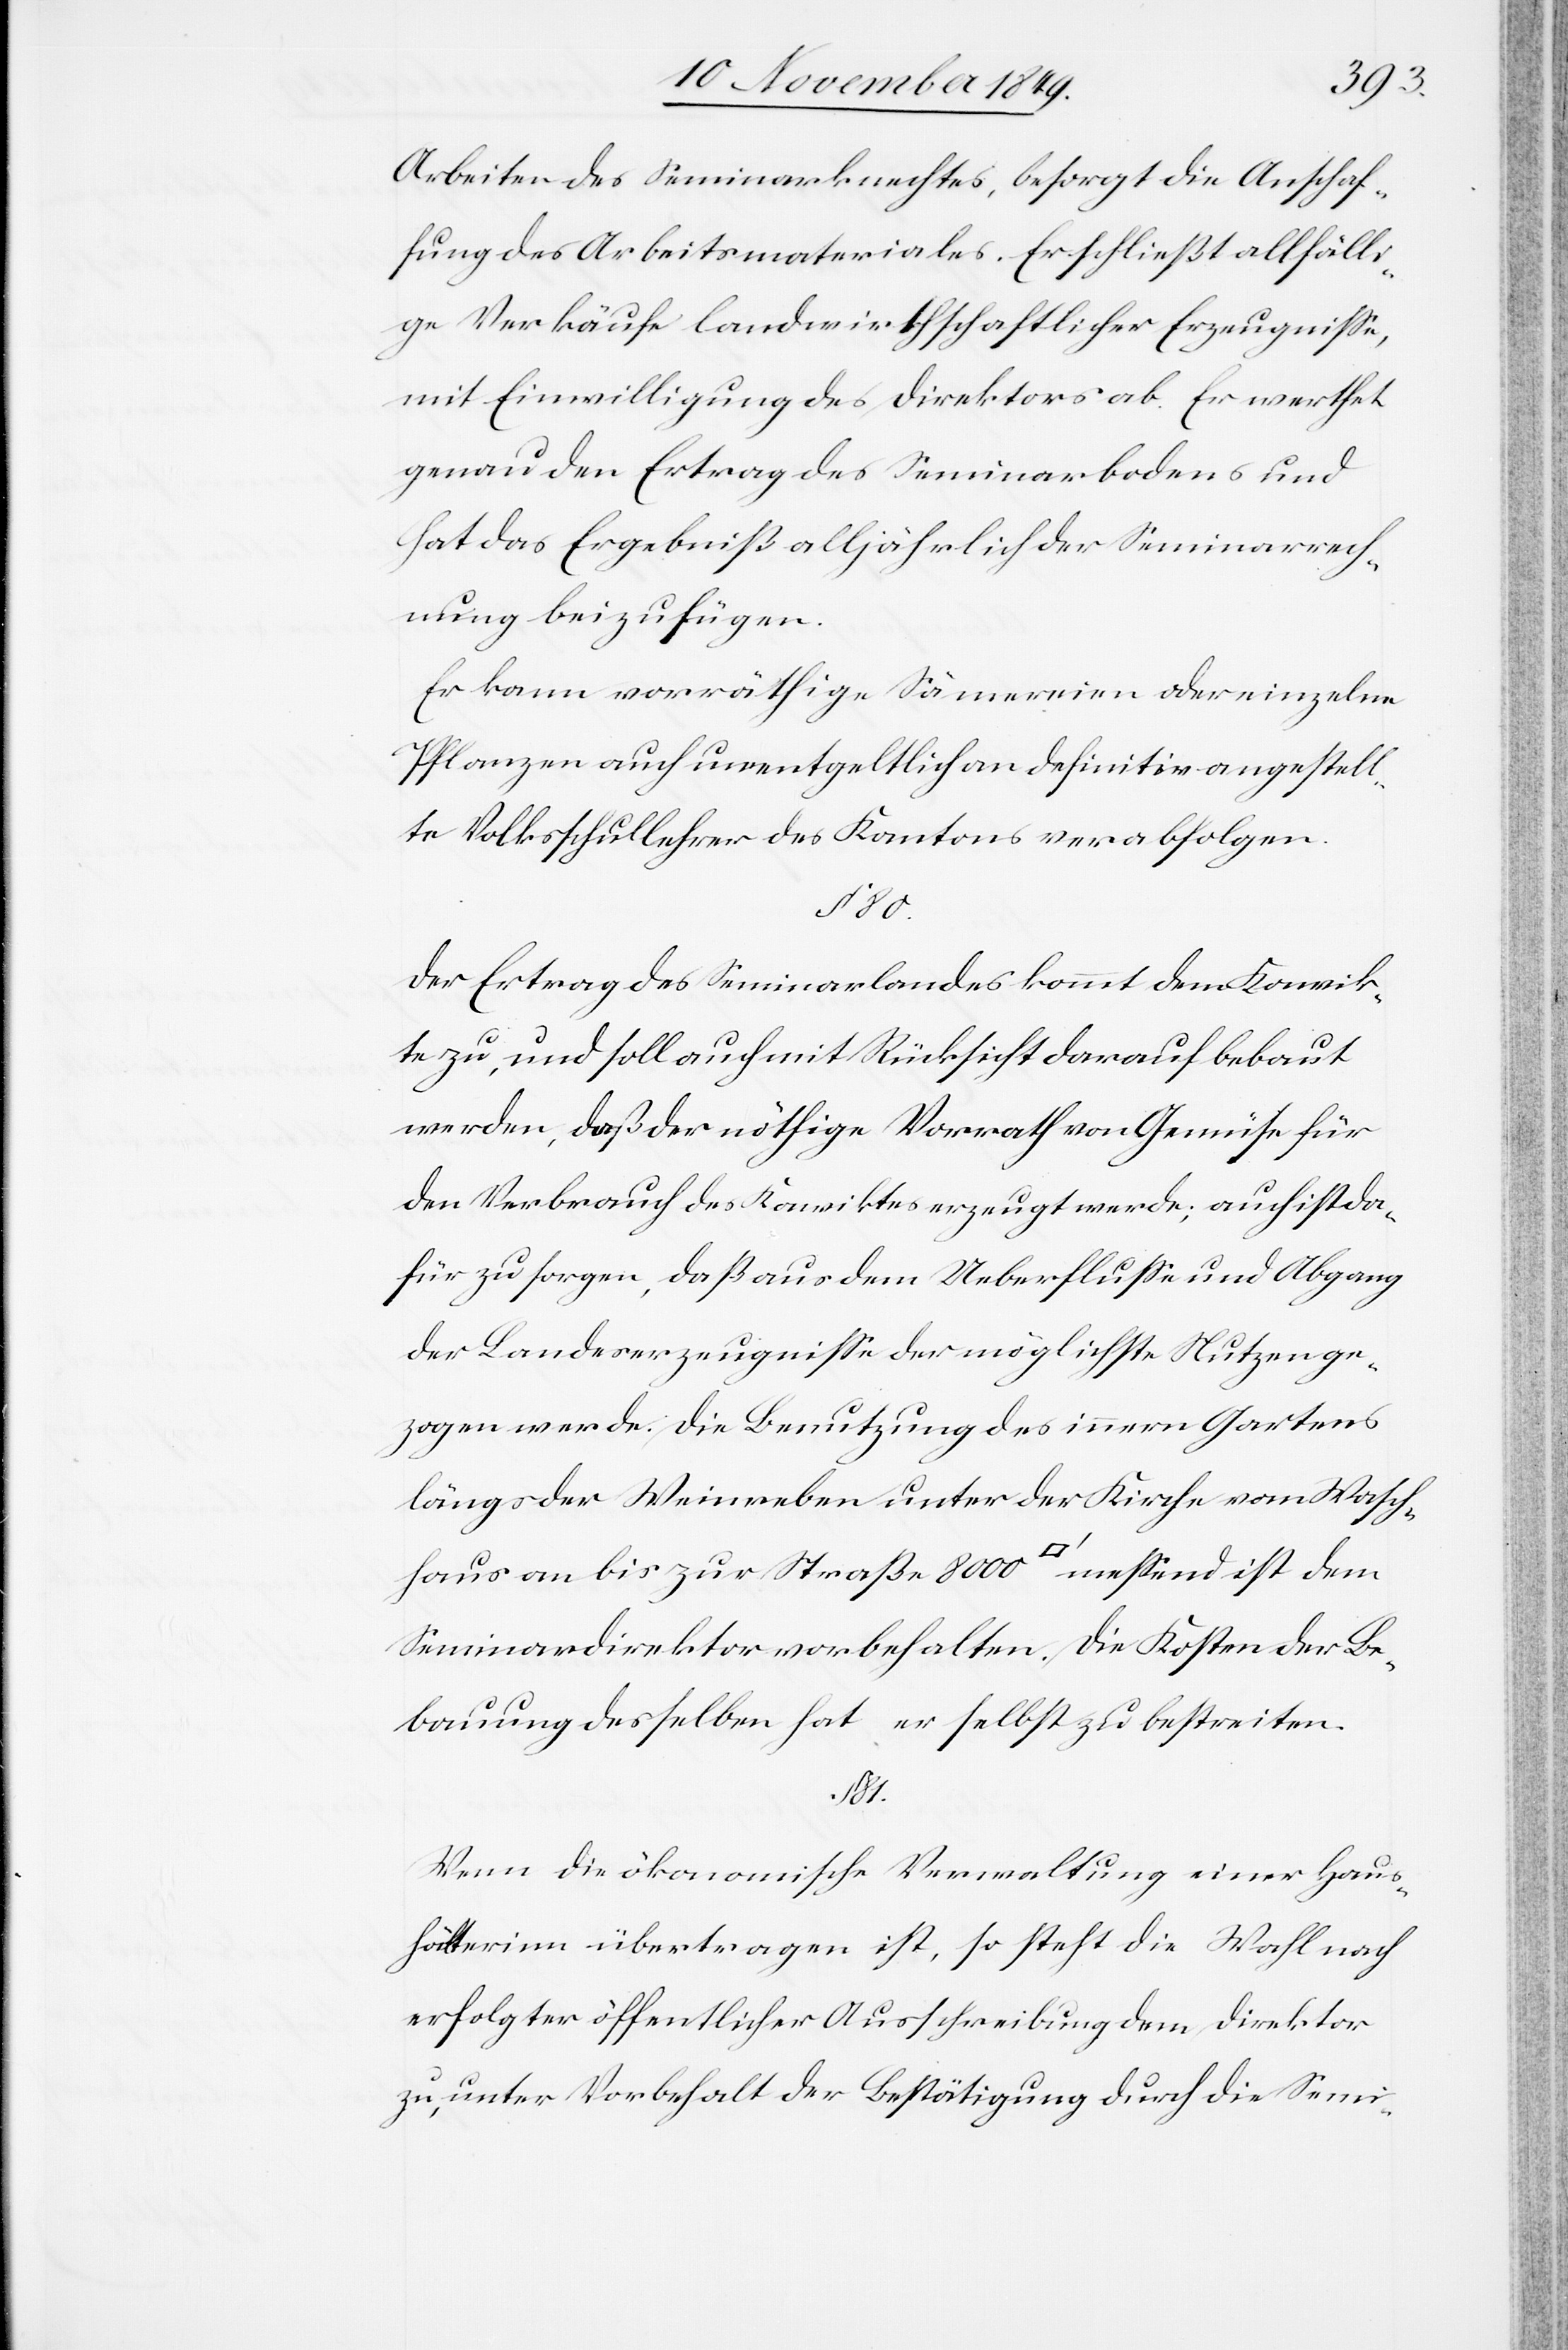
Arbeiten des Seminarrechtes, besorgt die Anschaf¬
fung des Arbeitsmateriales. Er schließt allfälli¬
ge Verkäufe landwirthschaftlicher Erzeugniße,
mit Einwilligung des Direktors ab. Er werthet
genau den Ertrag des Seminarbodens und
hat das Ergebniß alljährlich der Seminarrech¬
nung beizufügen.
Er kann vorräthige Sämereien oder einzelne
Pflanzen auch unentgeldlich an definitiv angestell¬
te Volksschullehrer des Kantons verabfolgen.
§ 80.
Der Ertrag des Seminarlandes kommt dem Konvik¬
te zu, und soll auch mit Rücksicht darauf bebaut
werden, daß der nöthige Vorrath von Gemüse für
den Verbrauch des Konviktes erzeugt werde; auch ist da¬
für zu sorgen, daß aus dem Ueberfluße und Abgang
der Landeserzeugniße der möglichste Nutzen ge¬
zogen werde. Die Benutzung des innern Gartens
längs der Weinerben unter der Kirche vom Wasch¬
haus an bis zur Straße 8000 [Quadratfuß] meßend ist dem
Seminardirektor vorbehalten. Die Kosten der Be¬
bauung desselben hat, er selbst zu bestreiten.
81.
Wenn die ökonomische Verwaltung einer Haus¬
hälterinn übertragen ist, so steht die Wahl nach
erfolgter öffentlicher Ausschreibung dem Direktor
zu, unter Vorbehalt der Bestätigung durch die Semi-